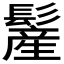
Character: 𩮲